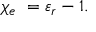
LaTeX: \chi _ { e } \ = \varepsilon _ { r } - 1 .